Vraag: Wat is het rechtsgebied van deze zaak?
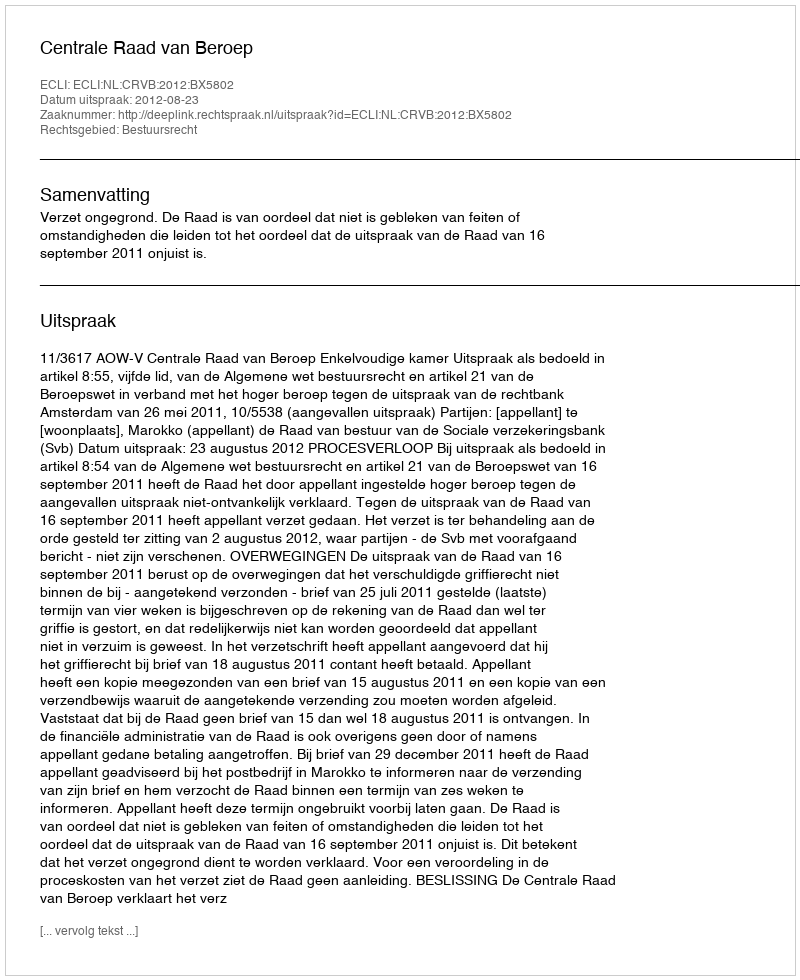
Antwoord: Bestuursrecht